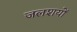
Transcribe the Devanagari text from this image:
जलशयों